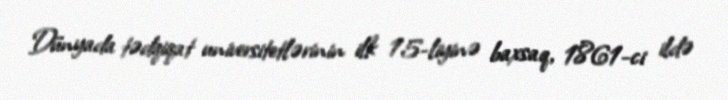
Dünyada tədqiqat universitetlərinin ilk 15-liyinə baxsaq, 1861-ci ildə